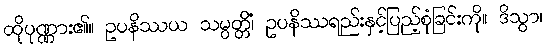
ထိုပုဏ္ဏား၏။ ဥပနိဿယ သမ္ပတ္တိံ၊ ဥပနိဿရည်းနှင့်ပြည့်စုံခြင်းကို။ ဒိသွာ၊